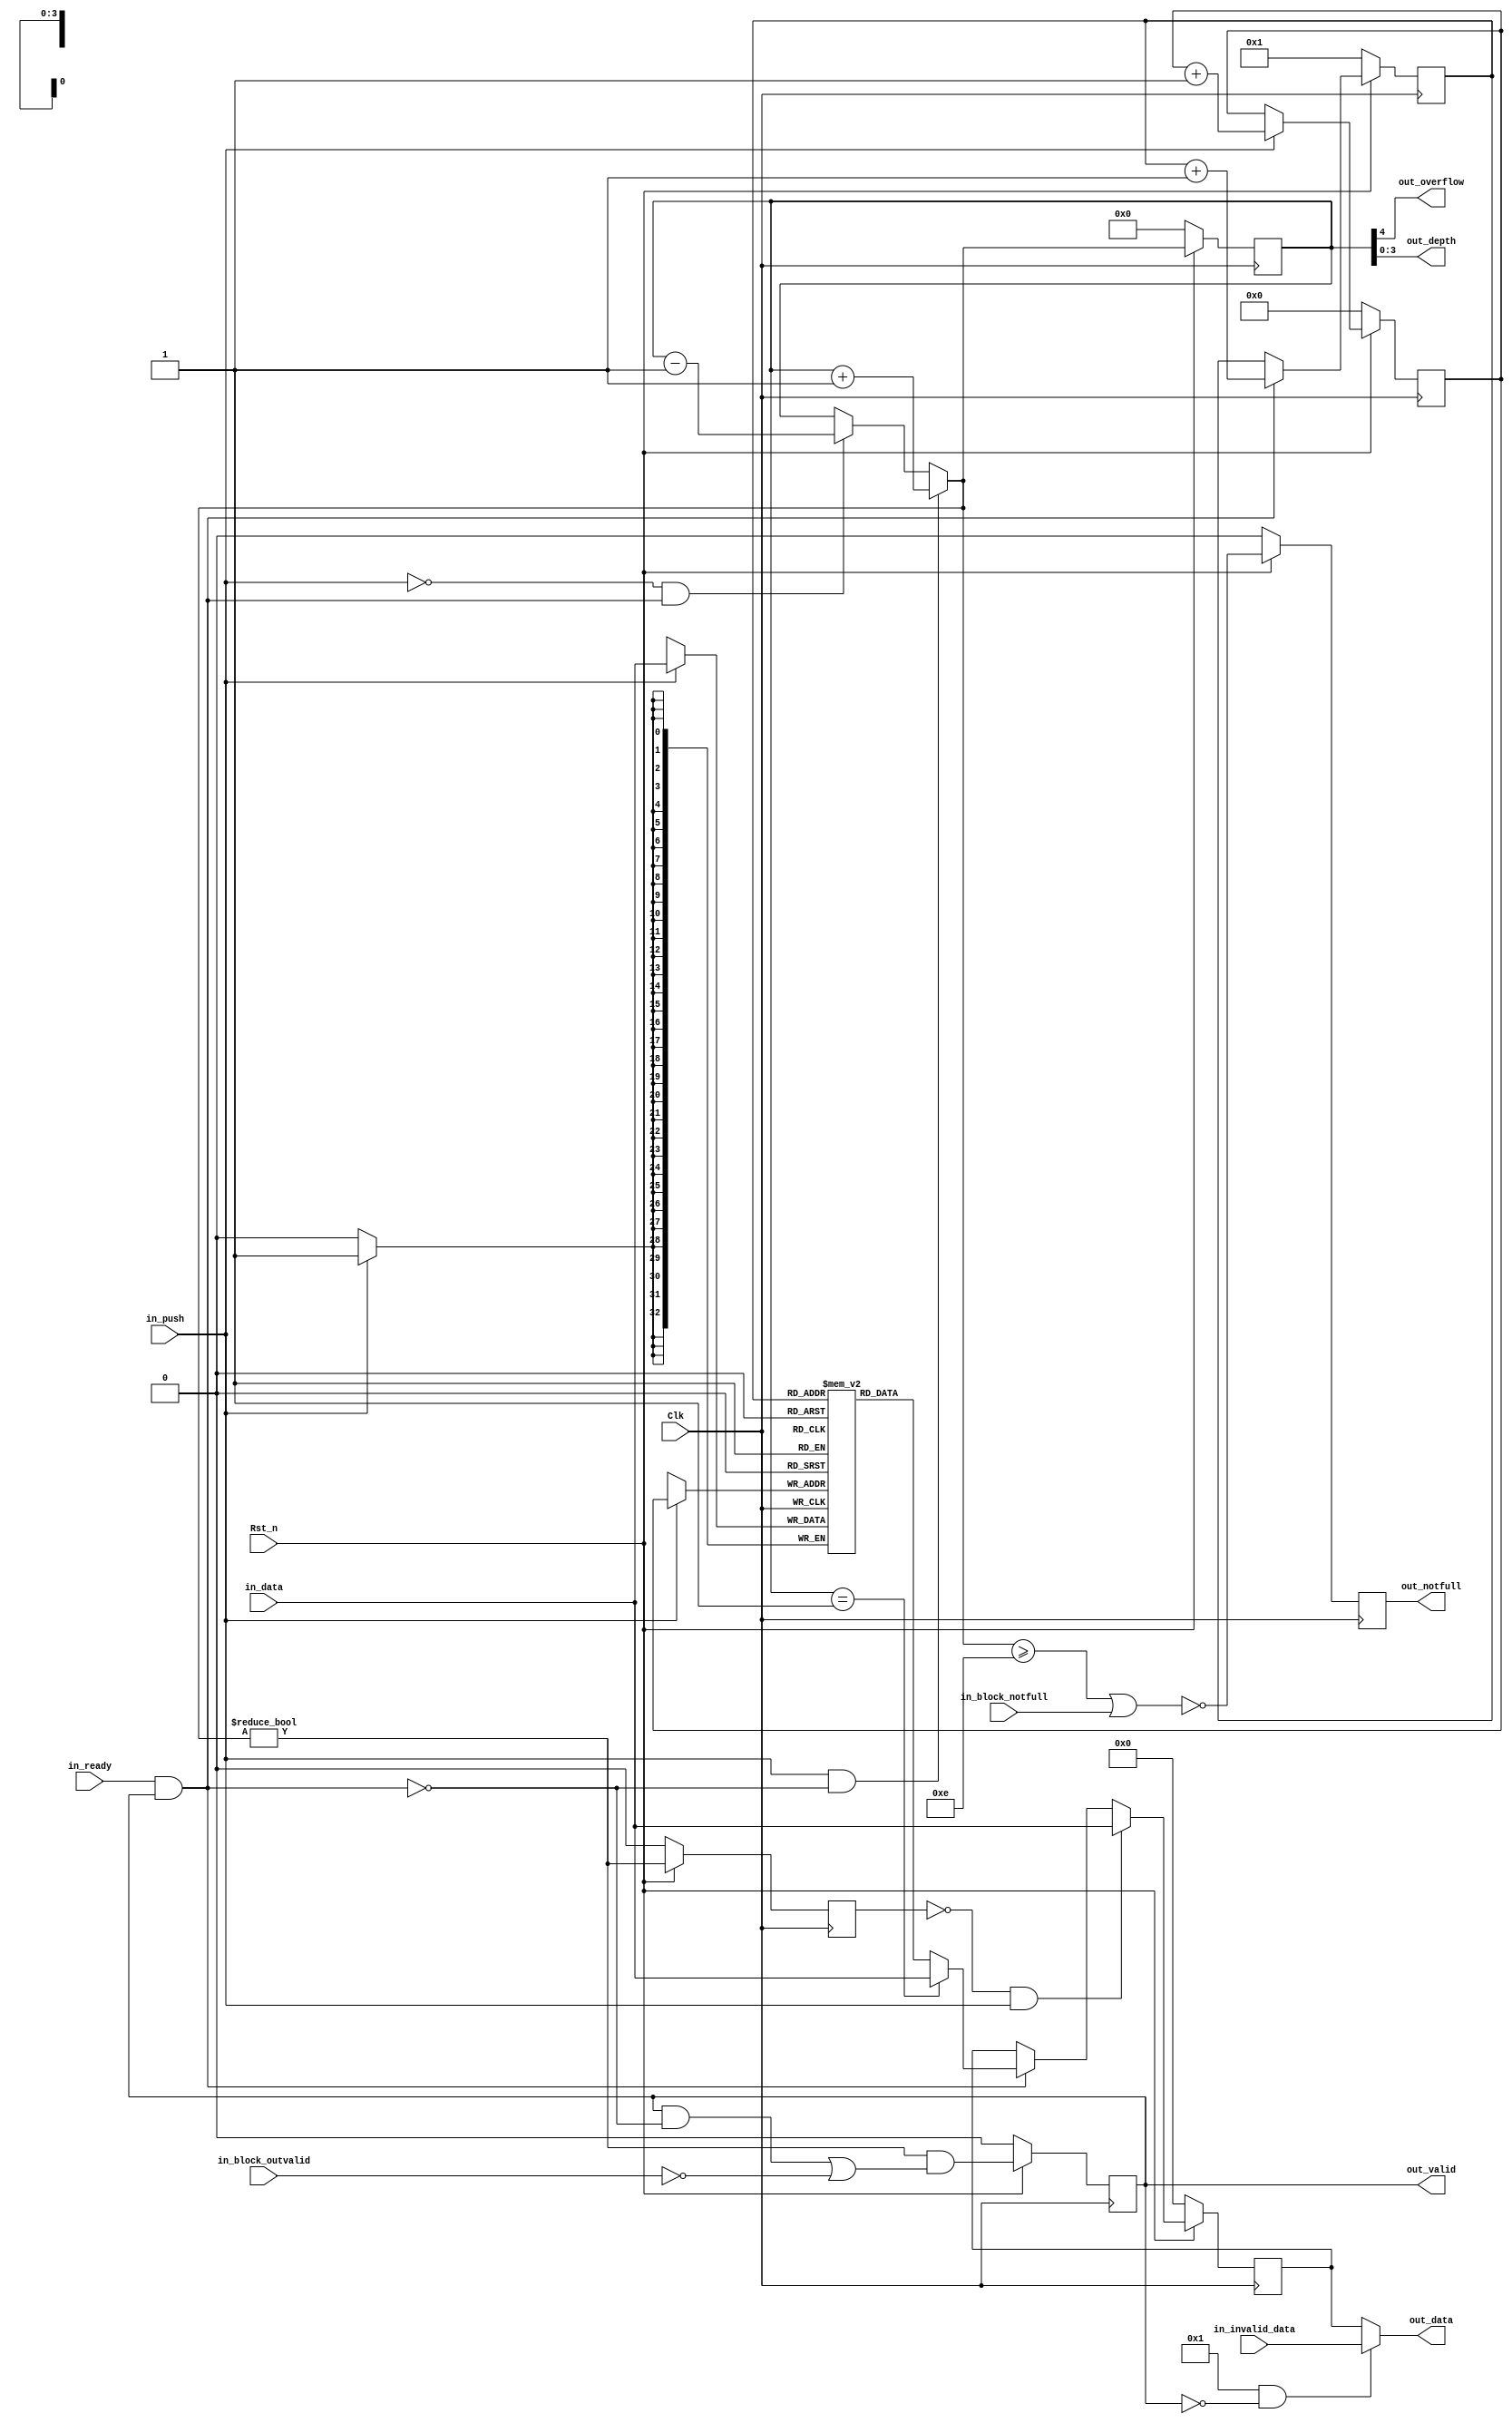
module axi_traffic_gen_v2_0_axis_fifo
  #(
parameter WIDTH        = 33,
parameter HEADREG      = 1 ,
parameter ZERO_INVALID = 1 ,
parameter FULL_LEVEL   = 14,
parameter DEPTH        = 16,
parameter DEPTHBITS    = 4
  ) (
input Clk                        ,
input Rst_n                      ,

input [WIDTH-1:0] in_data        ,
input [WIDTH-1:0] in_invalid_data,
input  in_push                   ,
input  in_ready                  ,
input  in_block_notfull          ,
input  in_block_outvalid         ,
output  out_valid                ,
output  out_notfull              ,
output  out_overflow             ,
output [DEPTHBITS-1:0] out_depth ,
output [WIDTH-1:0] out_data
);

(* ram_style = "distributed" *) reg [WIDTH-1:0] data_ff[DEPTH-1:0]               ;
reg [WIDTH-1:0] headreg_ff                       ;
reg [DEPTHBITS-1:0] in_ptr_ff, out_ptr_ff        ;
reg [DEPTHBITS:0] depth_ff                       ;
reg  valid_ff, full_ff, notfull_ff, valid_filt_ff;

wire do_pop = in_ready && valid_filt_ff;
wire [DEPTHBITS-1:0] in_ptr = (in_push) ? in_ptr_ff[DEPTHBITS-1:0] + 'h1 :
            in_ptr_ff[DEPTHBITS-1:0];
wire [DEPTHBITS:0] depth =
    (in_push && ~do_pop) ? depth_ff[DEPTHBITS:0] + 'h1 :
    (~in_push && do_pop) ? depth_ff[DEPTHBITS:0] - 'h1 :
              depth_ff[DEPTHBITS:0];

wire  depth_was1 = (depth_ff[DEPTHBITS:0] == 'h1);
wire  valid      = (depth[DEPTHBITS:0] != 'h0);
wire  full       = (depth[DEPTHBITS:0] >= FULL_LEVEL) || in_block_notfull;
wire  notfull    = ~full;

wire [WIDTH-1:0] raw_data = data_ff[out_ptr_ff[DEPTHBITS-1:0]];
wire [DEPTHBITS-1:0] out_ptr = (do_pop) ? out_ptr_ff[DEPTHBITS-1:0] + 'h1 :
            out_ptr_ff[DEPTHBITS-1:0];
wire [WIDTH-1:0] head_raw_data = (depth_was1) ? in_data[WIDTH-1:0] :
          raw_data[WIDTH-1:0];
wire [WIDTH-1:0] headreg = (!valid_ff && in_push) ? in_data[WIDTH-1:0] :
    (do_pop) ? head_raw_data[WIDTH-1:0] :
              headreg_ff[WIDTH-1:0];
wire  valid_filt = valid &&
      ((valid_filt_ff && ~do_pop) || ~in_block_outvalid);

always @(posedge Clk) begin
  in_ptr_ff[DEPTHBITS-1:0]  <= (Rst_n) ? in_ptr[DEPTHBITS-1:0] : 'h0;
  out_ptr_ff[DEPTHBITS-1:0] <= (Rst_n) ? out_ptr[DEPTHBITS-1:0] : ((HEADREG) ? 'h1 : 'h0);
  depth_ff[DEPTHBITS:0]     <= (Rst_n) ? depth[DEPTHBITS:0] : 'h0;
  valid_ff                  <= (Rst_n) ? valid : 1'b0;
  valid_filt_ff             <= (Rst_n) ? valid_filt : 1'b0;
  full_ff                   <= (Rst_n) ? full : 1'b0;
  notfull_ff                <= (Rst_n) ? notfull : 1'b0;
  headreg_ff[WIDTH-1:0]     <= (Rst_n) ? headreg[WIDTH-1:0] : 'h0;
end

integer i;
always @(posedge Clk) begin
  if(in_push) begin
    data_ff[in_ptr_ff[DEPTHBITS-1:0]] <= in_data[WIDTH-1:0];
  end
end

wire [WIDTH-1:0] out_data_pre = (HEADREG) ? headreg_ff[WIDTH-1:0] :
              raw_data[WIDTH-1:0];
assign out_data[WIDTH-1:0]    = (ZERO_INVALID && ~valid_filt_ff) ?
      in_invalid_data[WIDTH-1:0] : out_data_pre[WIDTH-1:0];
assign out_valid              = valid_filt_ff;
assign out_notfull            = notfull_ff;
assign out_overflow           = depth_ff[DEPTHBITS];
assign out_depth              = depth_ff[DEPTHBITS-1:0];

endmodule